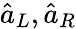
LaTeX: \hat{a}_{L},\hat{a}_{R}